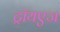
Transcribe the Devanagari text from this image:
ट्रॉयएज